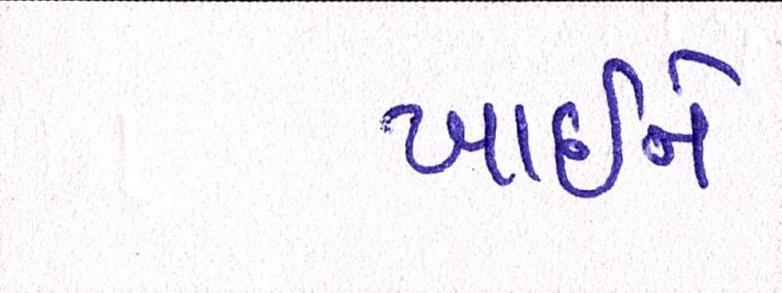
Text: ખાઇને